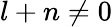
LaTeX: l+n\neq 0